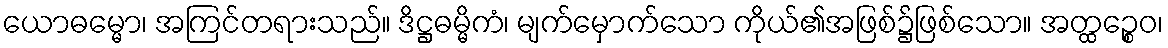
ယောဓမ္မော၊ အကြင်တရားသည်။ ဒိဋ္ဌဓမ္မိကံ၊ မျက်မှောက်သော ကိုယ်၏အဖြစ်၌ဖြစ်သော။ အတ္ထဉ္စေဝ၊